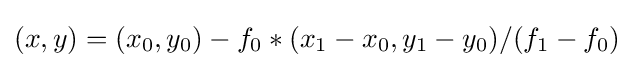
(x,y)=(x_{0},y_{0})-f_{0}*(x_{1}-x_{0},y_{1}-y_{0})/(f_{1}-f_{0})